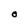
Character: O